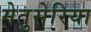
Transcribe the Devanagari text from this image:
मेतुसेरिया